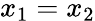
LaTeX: x_{1}=x_{2}